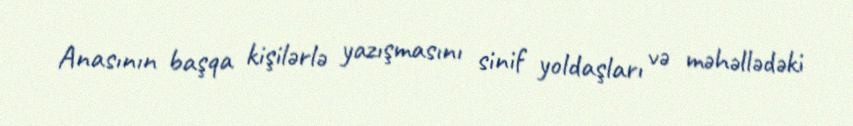
Anasının başqa kişilərlə yazışmasını sinif yoldaşları və məhəllədəki